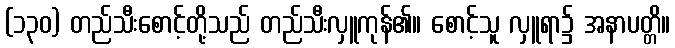
(၁၃၀) တည်သီးစောင့်တို့သည် တည်သီးလှူကုန်၏။ စောင့်သူ လှူရာ၌ အနာပတ္တိ။